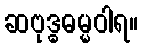
ဆဗုဒ္ဓဓမ္မဝါရ။